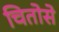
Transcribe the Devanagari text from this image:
चितोसे